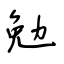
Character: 勉